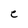
Character: C